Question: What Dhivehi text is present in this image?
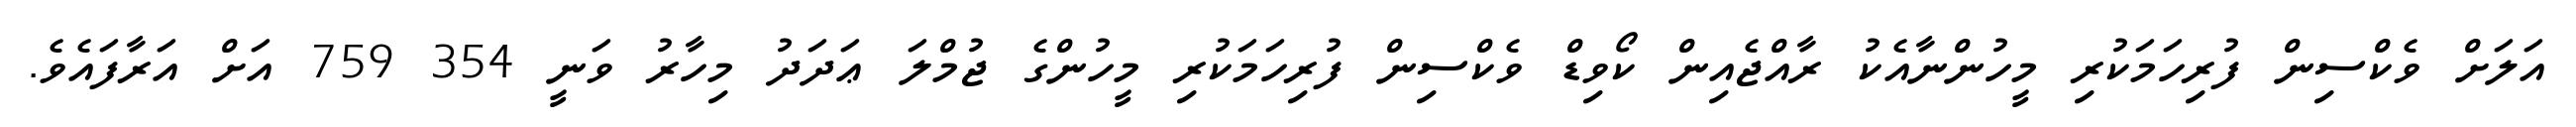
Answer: އަލަށް ވެކްސިން ފުރިހަމަކުރި މީހުންނާއެކު ރާއްޖެއިން ކޯވިޑް ވެކްސިން ފުރިހަމަކުރި މީހުންގެ ޖުމްލަ ޢަދަދު މިހާރު ވަނީ 354 759 އަށް އަރާފައެވެ.